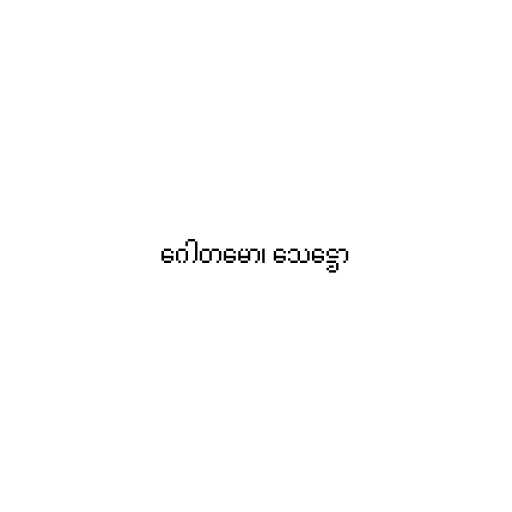
ဂေါတမော၊ သေဋ္ဌော